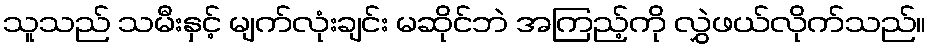
သူသည် သမီးနှင့် မျက်လုံးချင်း မဆိုင်ဘဲ အကြည့်ကို လွှဲဖယ်လိုက်သည်။